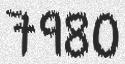
7980